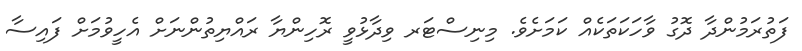
ފަތުރަމުންދާ ދޮގު ވާހަކަތަކެއް ކަމަށެވެ. މިނިސްޓަރ ވިދާޅުވީ ރޮހިންޔާ ރައްޔިތުންނަށް އެހީވުމަށް ފައިސާ